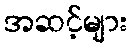
အဆင့်များ